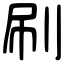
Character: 刷